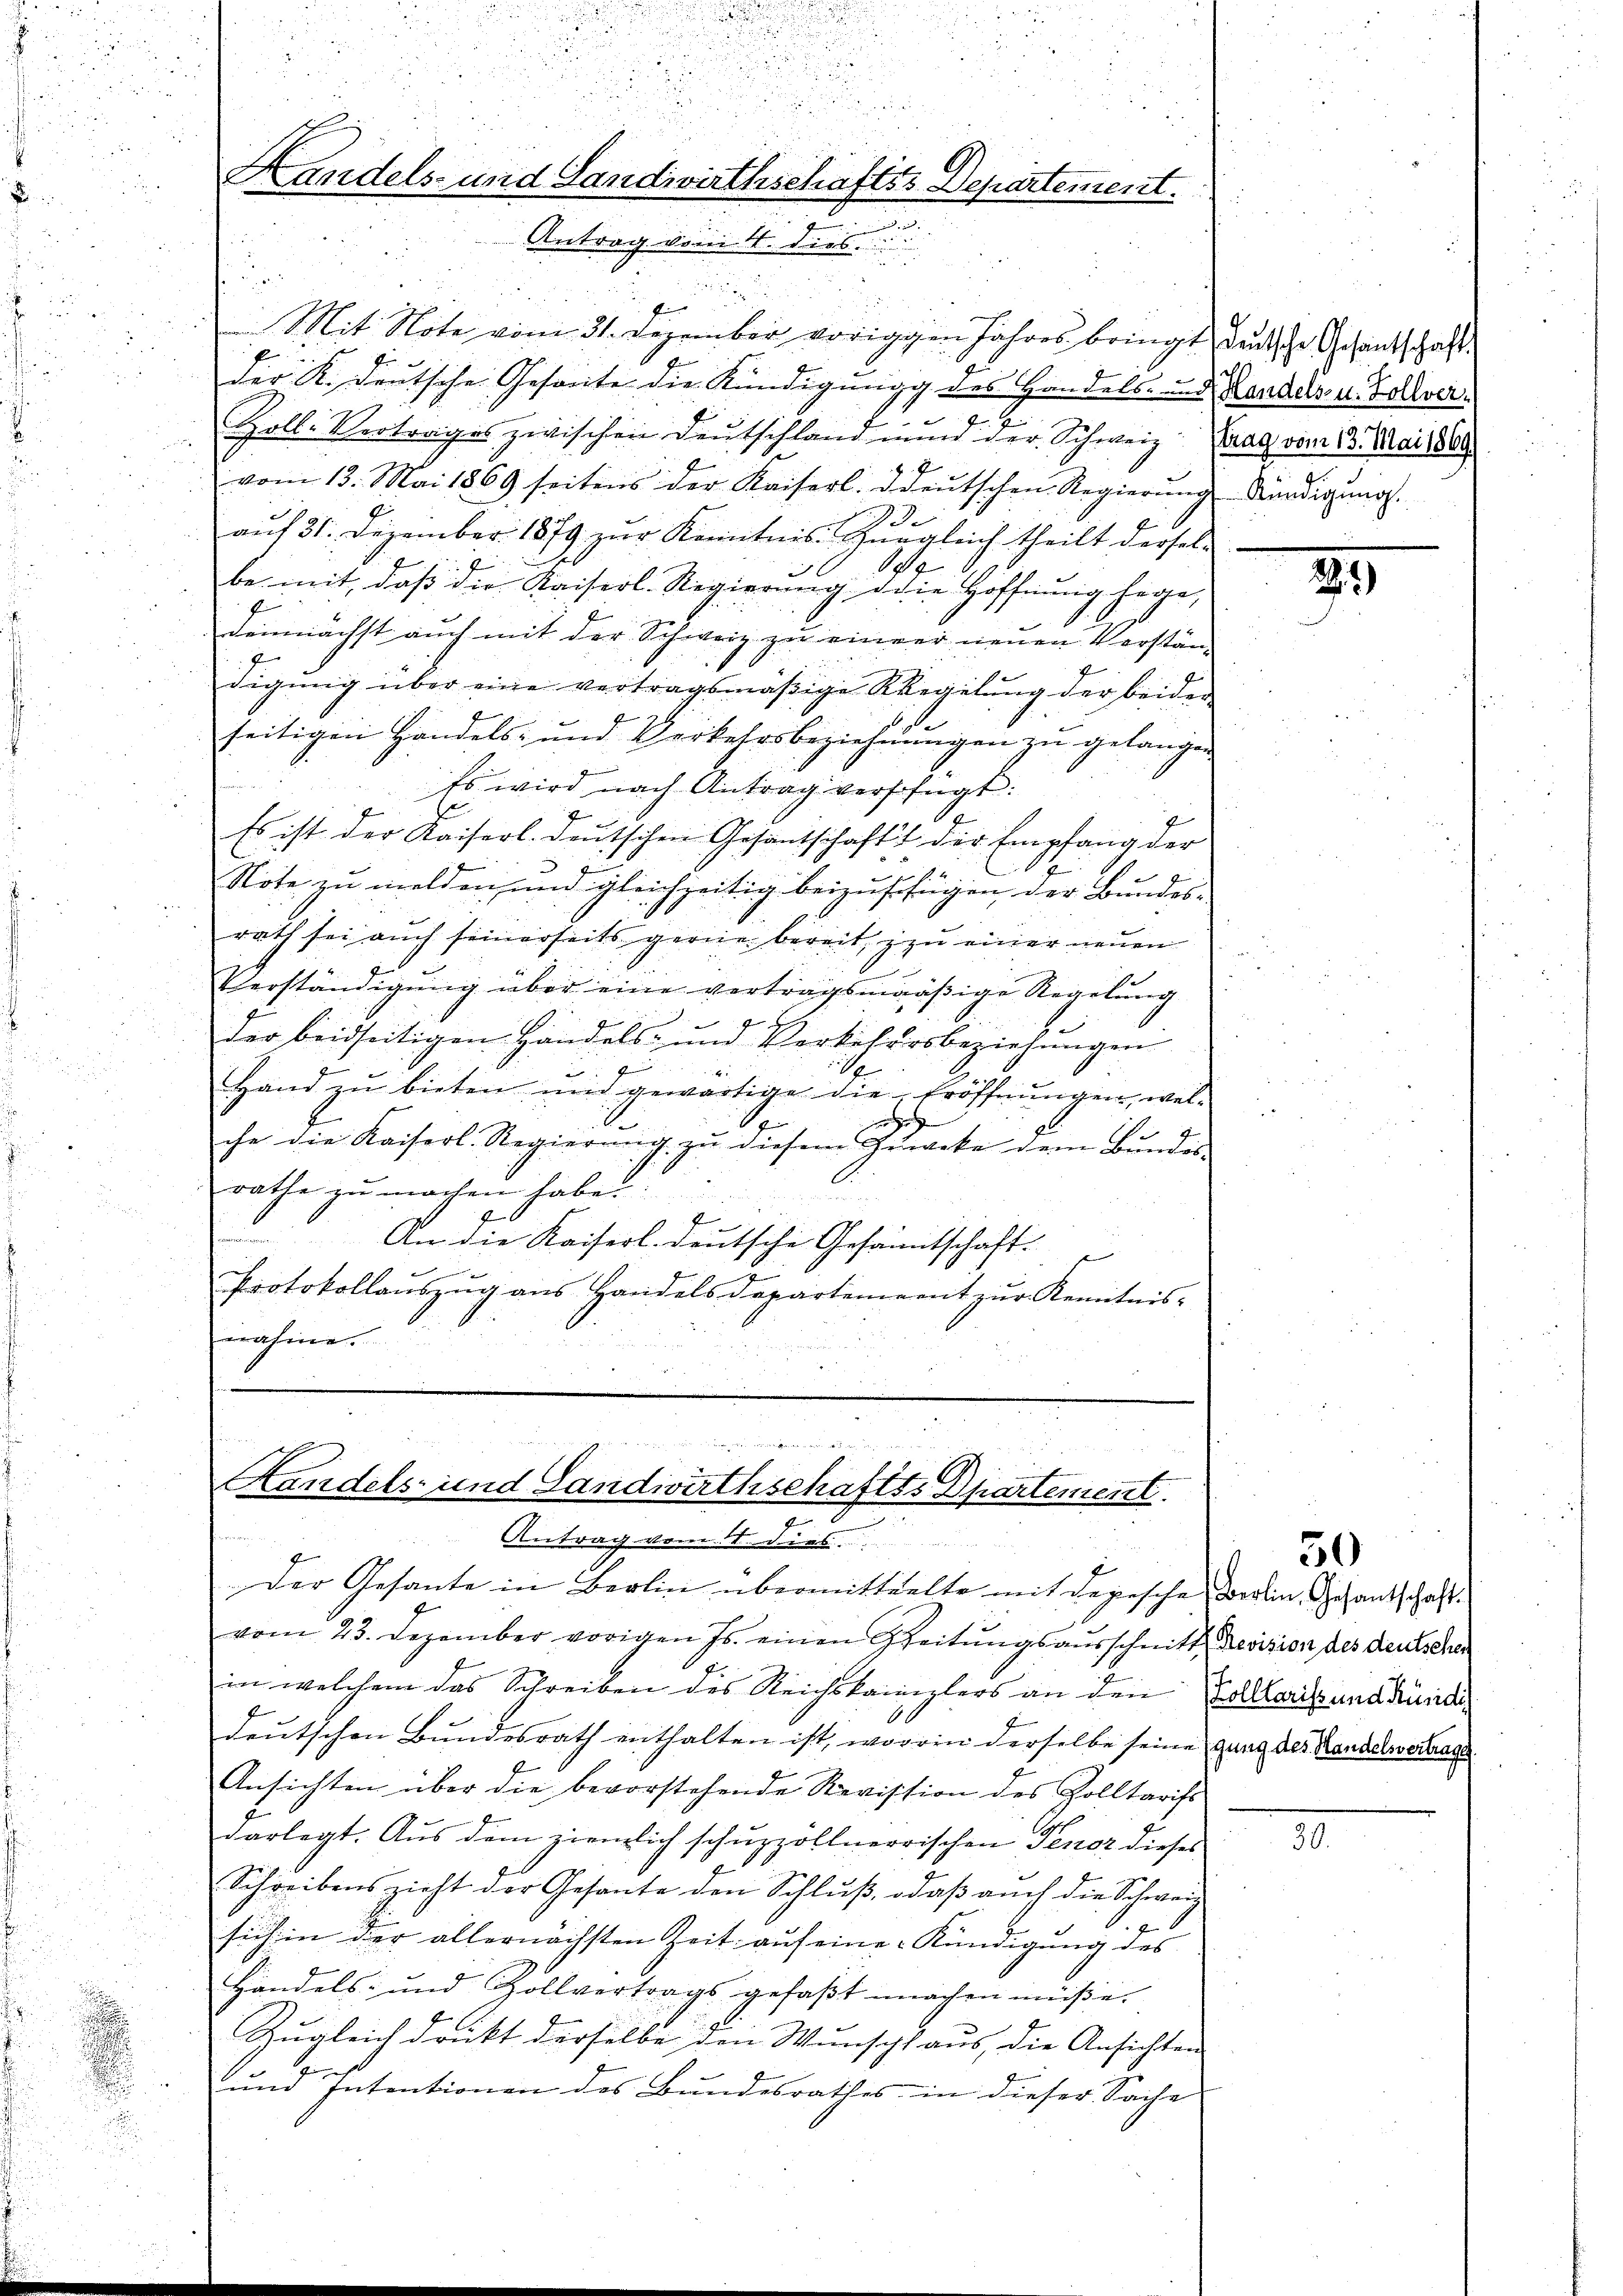
.

f
Mit Note vom 31. Dezember vorigen Jahres bringt, denksche Gesandschaft
f
der R. deutsche Gesante die Kündigung des Handels- und Landels- u. Zollver¬
Zoll-Vertrages zwischen Deutschland und der Schweiz. Prag vom 13. Mai 1865.
vom 13. Mai 1869 seitens der Kaiserl. ddeŭtschen Regierŭng Kündigŭng.
e
auf 31. Dezember 1879 zur Kenntnis. Gugleich theilt dersel¬
Se
be mit, daβ die Kaiserl. Regierŭng die Hoffnŭng hege,
demnächst auch mit der Schweiz zu einer neuen Verständigŭng über eine vertragsmäßige Regelung der beiden
seitigen Handels- und Verkehrsbeziehungen zu gelangen
Es wird nach Antrag verfügt:
E
1
Es ist der Kaiserl. deutschen Gesantschaft der Empfang der
.
Note zu melden und gleichzeitig beizufügen der Bundes-
rath sei auch seinerseits gerne bereit, zu einer neuen
se
Verständigung über eine vertragsmäßige Regelung
z
2
d
der beidseitigen Handels und Verkehrsbeziehŭngen
b
.
Hand zu bieten und gewärtige die Eröffnungen, wel¬
.
r
.
che die Kaiserl. Regierŭng zŭ diesem Zucke dem Bŭndes
rathe zu machen habe.
6
7
.
An die Kaiserl. deutsche Gesandtschaft.
Protokollauszug aus Handelsdepartement zur Kenntnis-
erahme

i

Handels- und Landwirthschafts Departement.
euungen
Antrag vom 4. dies

Handels- und Landwirthschaftss partement
Antrag vom 11 dies

Der Gesante in Berlin übermitteelte mit depesche Berlin, Gesandschaft.
vom 23. Dezember vorigen Js. einen Geitŭngsausschnitt, Revision des deutscher
in welchem das Schreiben des Reichskanzlers an den Kollaris und Kündi
deutschen Bundesrath enthalten ist, wovon derselbe seine gung der Handelwerthan
Ansichten über die bevorstehende Revission des Zolltarifs
darlegt. Aus dem ziemlich schuzzöllnerrischen Tenor dieses
Schreibenszieht der Gesante den Schlŭβ odaβ aŭch die Schweiz
7
sich in der allernächsten Zeit auf eine Kündigung des
Handels- und Zollvertrags gefaβt machen müße.
Zugleich druckt derselbe den Wunscht aus, die Ansichten
und Intentionen des Bundesrathes in dieser Sache

39

50